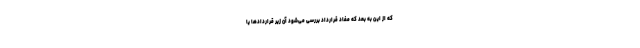
که از این به بعد که مفاد قرارداد بررسی می‌شود آن زیر قراردادها یا